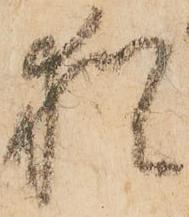
猶